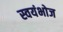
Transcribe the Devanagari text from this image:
स्वयंभोज